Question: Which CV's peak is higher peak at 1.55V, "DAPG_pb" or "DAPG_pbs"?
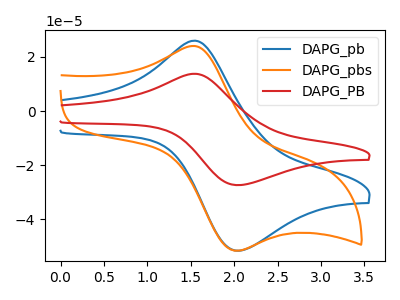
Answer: <think>The blue curve "DAPG_pb" has an anodic peak at (1.55V, 26.00uA) and a cathodic peak at (2.05V, -51.55uA). The orange curve "DAPG_pbs" has an anodic peak at (1.55V, 24.05uA) and a cathodic peak at (2.00V, -51.55uA). The red curve "DAPG_PB" has an anodic peak at (1.55V, 13.80uA) and a cathodic peak at (2.05V, -27.35uA).</think>
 <answer>The peak at 1.55V is higher in "DAPG_pb" than in "DAPG_pbs".</answer>
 <eval>higher</eval>